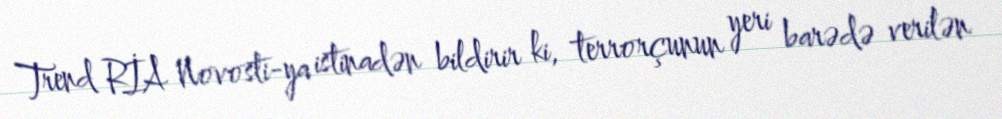
Trend RİA Novosti-ya istinadən bildirir ki, terrorçunun yeri barədə verilən